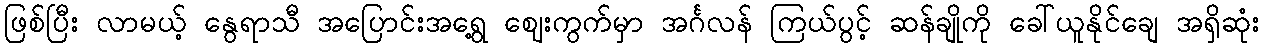
ဖြစ်ပြီး လာမယ့် နွေရာသီ အပြောင်းအရွေ့ ဈေးကွက်မှာ အင်္ဂလန် ကြယ်ပွင့် ဆန်ချိုကို ခေါ်ယူနိုင်ချေ အရှိဆုံး